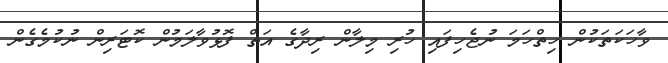
ވާހަކަތަކުން ހިތްހަމަ ނުޖެހިފައި ހުރި މިލާން ރިދާގެ އަތް ފޮޅުވާލަމުން ކޮޓަރިން ނުކުމެގެން